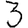
Digit: 3